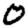
Digit: 0